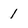
Character: 1